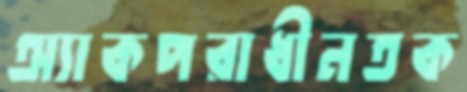
অ্যাকপরাধীনতক